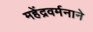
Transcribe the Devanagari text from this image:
महेंद्रवर्मनाने